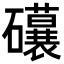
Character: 𥗨